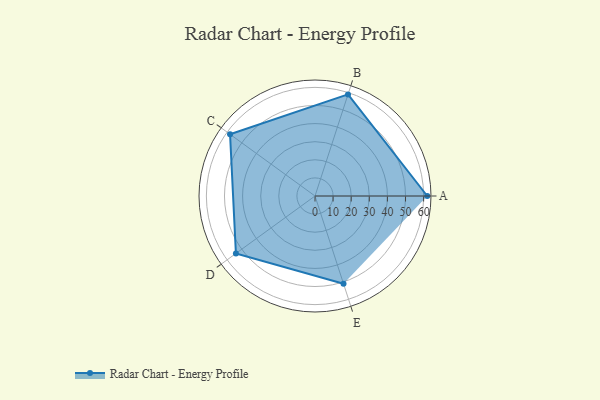
{"axis": {"x": "Skill", "y": "Score"}, "legend": ["Profile"], "data": [{"x": "A", "y": 62.0, "type": "Profile"}, {"x": "B", "y": 59.0, "type": "Profile"}, {"x": "C", "y": 58.0, "type": "Profile"}, {"x": "D", "y": 54.0, "type": "Profile"}, {"x": "E", "y": 51.0, "type": "Profile"}]}